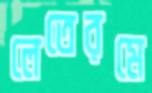
লেতেরমে